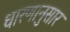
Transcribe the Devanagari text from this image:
धारणानुसार